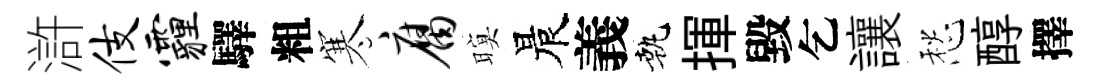
滸伎霾驛粗寒腐暝晨義執揮毀乞讓愁醇擇